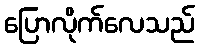
ပြောလိုက်လေသည်